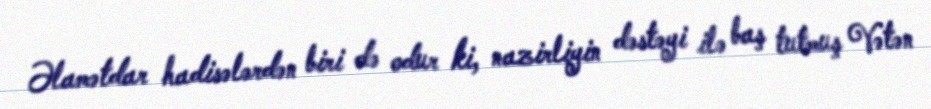
Əlamətdar hadisələrdən biri də odur ki, nazirliyin dəstəyi ilə baş tutmuş Vətən